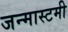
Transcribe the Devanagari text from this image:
जन्मास्टमी